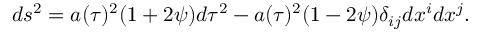
d s ^ { 2 } = a ( \tau ) ^ { 2 } ( 1 + 2 \psi ) d \tau ^ { 2 } - a ( \tau ) ^ { 2 } ( 1 - 2 \psi ) \delta _ { i j } d x ^ { i } d x ^ { j } .